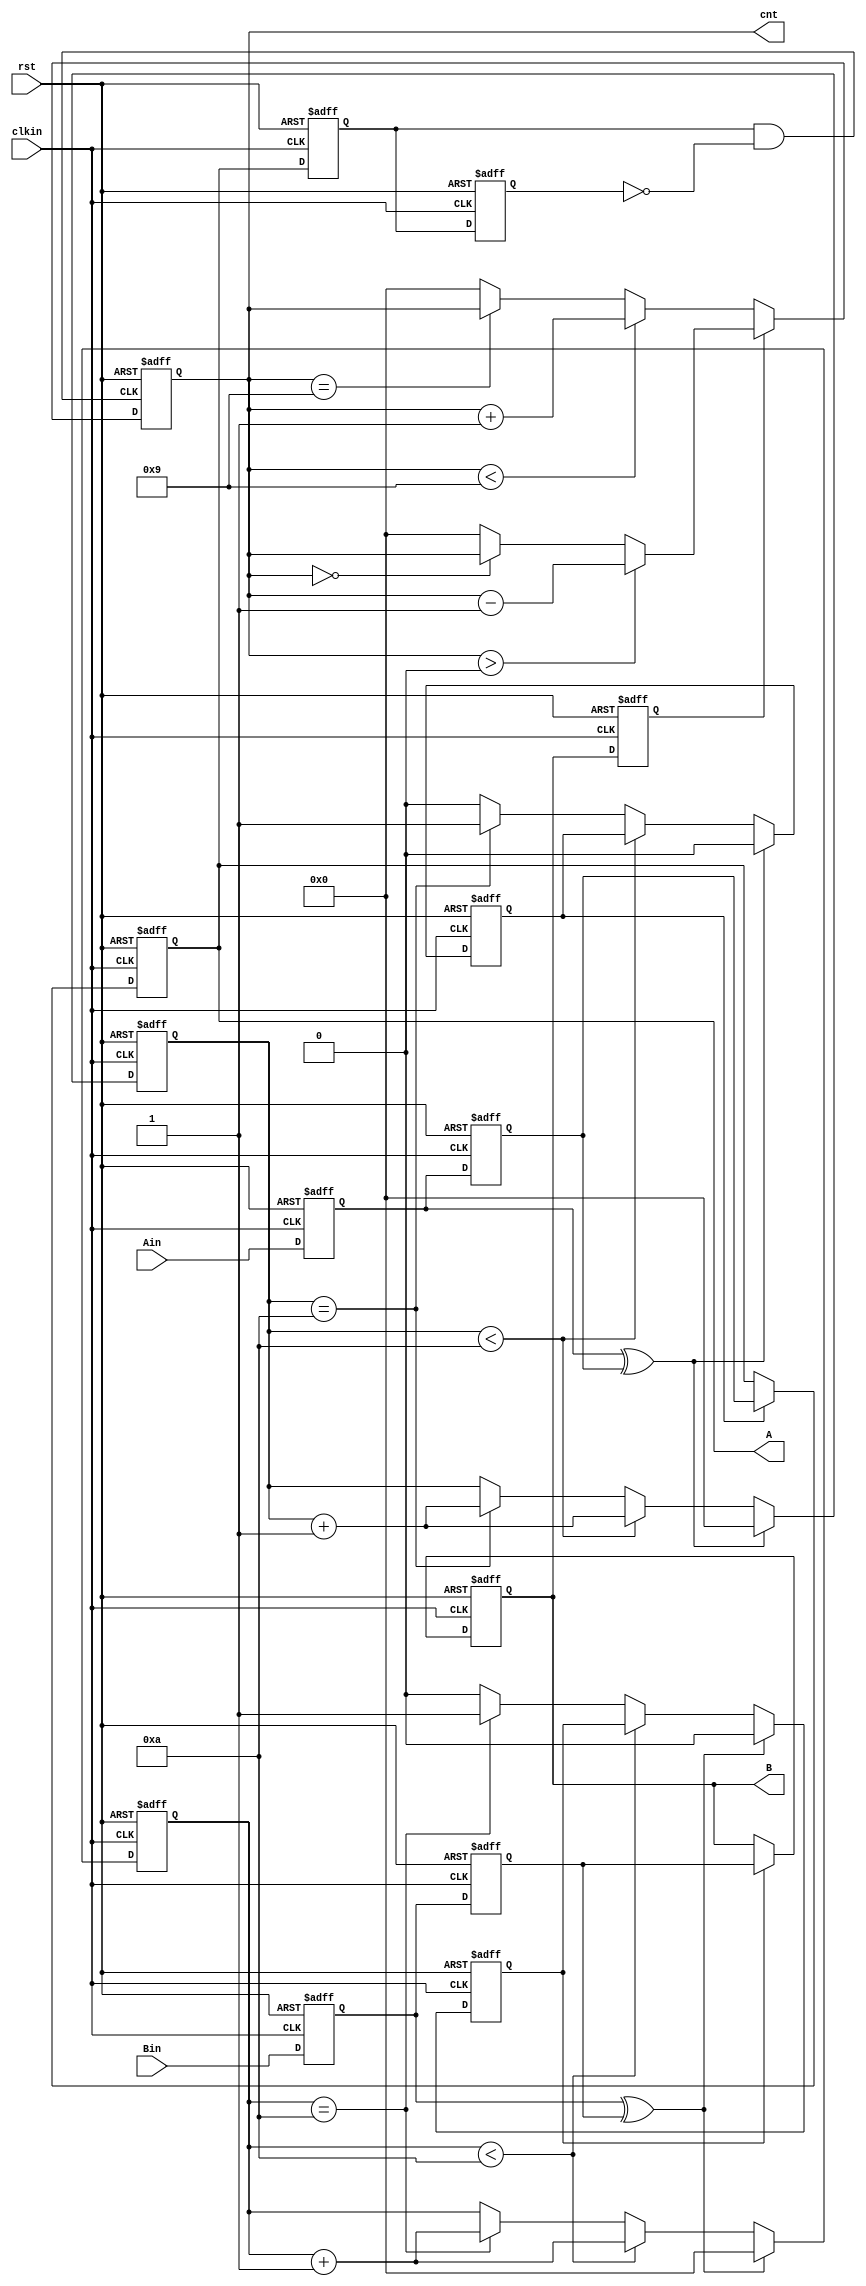
module ly_2257_6_1(Ain,Bin,rst,clkin,cnt,A,B);

input Ain;
input Bin;
input clkin;
input rst;

output reg [3:0]cnt;

output reg A;
output reg B;

	wire Apedge,Anedge,entcnt,entcnt1;

	reg [3:0]tcnt;
	reg tcnt_full;

	reg [3:0]tcnt1;
	reg tcnt1_full;

	reg A_reg0,A_reg1;//reg0  reg1 
	reg B_reg0,B_reg1;
	reg Ain_reg0,Ain_reg1;
	reg Bin_reg0,Bin_reg1;

	parameter MAXN = 4'd10;//1ms -->10ms

//AB
always @(posedge clkin or negedge rst)
begin
	if(!rst)
	begin
		Ain_reg0 <= 0;
		Ain_reg1 <= 0;
		Bin_reg0 <= 0;
		Bin_reg1 <= 0;
	end
	else
	begin
			Ain_reg0 <= Ain;
			Ain_reg1 <= Ain_reg0;
			Bin_reg0 <= Bin;
			Bin_reg1 <= Bin_reg0;
	end
end

assign entcnt  = Ain_reg0 ^ Ain_reg1; //A
assign entcnt1 = Bin_reg0 ^ Bin_reg1; //B

//A
always @(posedge clkin or negedge rst)
begin
	if(!rst)
	begin
		tcnt <= 0;
		tcnt_full <= 0;
	end
	else 
	begin
		if(entcnt)
		begin
			tcnt <= 0;
			tcnt_full <= 0;
		end
		else if(tcnt < MAXN)
			tcnt <= tcnt + 1;
		else if(tcnt == MAXN)
		begin
			tcnt <= tcnt + 1;
			tcnt_full <= 1;
		end
		else
		begin
			tcnt <= tcnt;
			tcnt_full <= 0;
		end
	end
end

//B
always @(posedge clkin or negedge rst)
begin
	if(!rst)
	begin
		tcnt1 <= 0;
		tcnt1_full <= 0;
	end
	else 
	begin
		if(entcnt1)
		begin
			tcnt1 <= 0;
			tcnt1_full <= 0;
		end
		else if(tcnt1 < MAXN)
			tcnt1 <= tcnt1 + 1;
		else if(tcnt1 == MAXN)
		begin
			tcnt1 <= tcnt1 + 1;
			tcnt1_full <= 1;
		end
		else
		begin
			tcnt1 <= tcnt1;
			tcnt1_full <= 0;
		end
	end
end

//A
always @(posedge clkin or negedge rst)
begin
	if(!rst)
		A <= 0;
	else
		if(tcnt_full)
			A <= Ain_reg1;
		else
			A <= A;
end

//B
always @(posedge clkin or negedge rst)
begin
	if(!rst)
		B <= 0;
	else
		if(tcnt1_full)
			B <= Bin_reg1;
		else
			B <= B;
end

//A B;
always @(posedge clkin or negedge rst)
begin
	if(!rst)
	begin
		A_reg0 <= 1'b0;
		A_reg1 <= 1'b0;
		B_reg0 <= 1'b0;
		B_reg0 <= 1'b0;
	end
	else
	begin
		A_reg0 <= A;
		A_reg1 <= A_reg0;
		B_reg0 <= B;
		B_reg1 <= B_reg0;
	end
end

assign Apedge = A_reg0 & (!A_reg1);// A_reg0 == 1,A_reg1 == 0;
assign Anedge = (!A_reg0) & A_reg1;// A_reg0 == 0,A_reg1 == 1;

//
always @(posedge Apedge or negedge rst)
begin
	if(!rst)	cnt <= 0;
	else
	begin
		if(B_reg0 == 1'b0)
		begin
			if(cnt < 4'd9)
				cnt <= cnt + 1'b1;
			else if(cnt == 4'd9)
				cnt <= cnt;
			else
				cnt <= 0;
		end
		else
		begin
			if(cnt > 4'd0)
				cnt <= cnt - 1;
			else if(cnt == 1'b0)
				cnt <= cnt;
			else 
				cnt <= 0;
		end
	end
end
	
endmodule